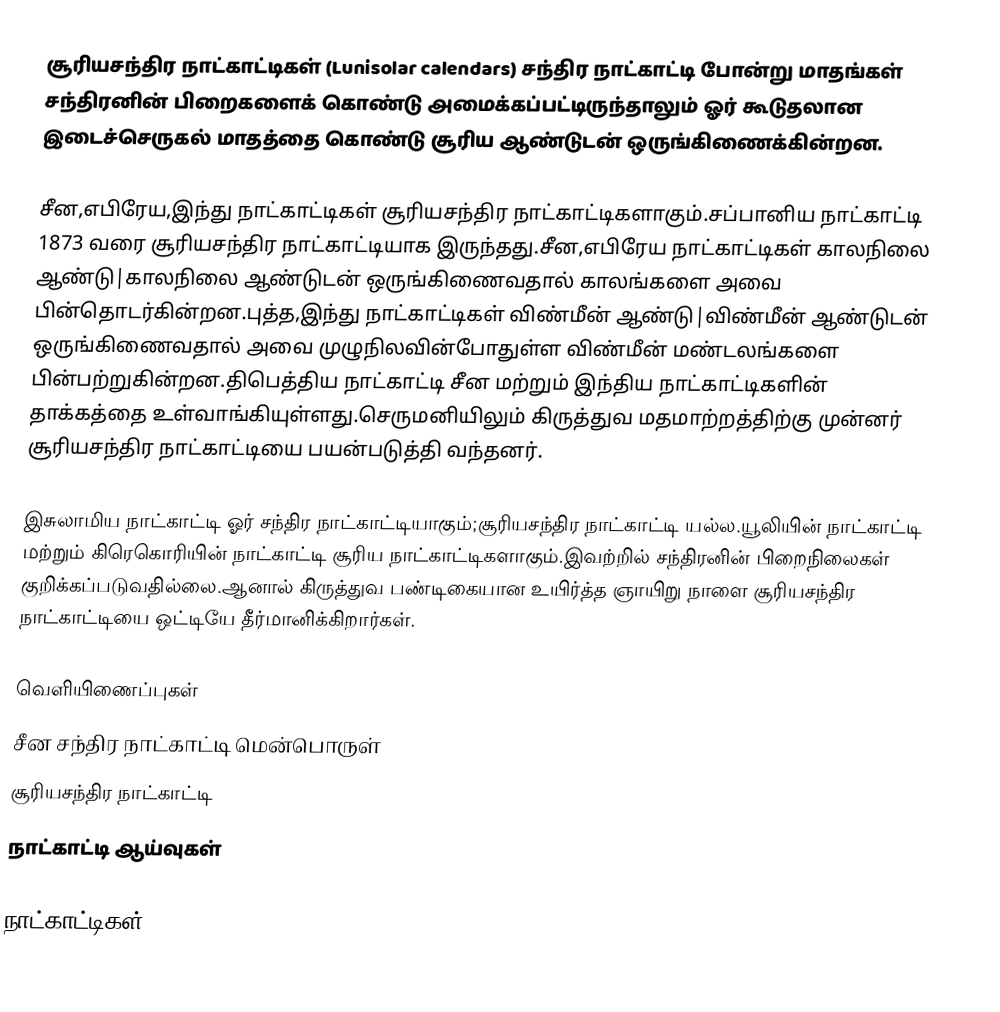
சூரியசந்திர நாட்காட்டிகள் (Lunisolar calendars)  சந்திர நாட்காட்டி போன்று மாதங்கள் சந்திரனின் பிறைகளைக் கொண்டு அமைக்கப்பட்டிருந்தாலும் ஓர் கூடுதலான இடைச்செருகல் மாதத்தை கொண்டு சூரிய ஆண்டுடன் ஒருங்கிணைக்கின்றன.

சீன,எபிரேய,இந்து நாட்காட்டிகள் சூரியசந்திர நாட்காட்டிகளாகும்.சப்பானிய நாட்காட்டி 1873 வரை சூரியசந்திர நாட்காட்டியாக இருந்தது.சீன,எபிரேய நாட்காட்டிகள் காலநிலை ஆண்டு|காலநிலை ஆண்டுடன் ஒருங்கிணைவதால் காலங்களை அவை பின்தொடர்கின்றன.புத்த,இந்து நாட்காட்டிகள் விண்மீன் ஆண்டு|விண்மீன் ஆண்டுடன் ஒருங்கிணைவதால் அவை முழுநிலவின்போதுள்ள விண்மீன் மண்டலங்களை பின்பற்றுகின்றன.திபெத்திய நாட்காட்டி சீன மற்றும் இந்திய நாட்காட்டிகளின் தாக்கத்தை உள்வாங்கியுள்ளது.செருமனியிலும் கிருத்துவ மதமாற்றத்திற்கு முன்னர் சூரியசந்திர நாட்காட்டியை பயன்படுத்தி வந்தனர்.

இசுலாமிய நாட்காட்டி ஓர் சந்திர நாட்காட்டியாகும்;சூரியசந்திர நாட்காட்டி யல்ல.யூலியின் நாட்காட்டி மற்றும் கிரெகொரியின் நாட்காட்டி சூரிய நாட்காட்டிகளாகும்.இவற்றில் சந்திரனின் பிறைநிலைகள் குறிக்கப்படுவதில்லை.ஆனால் கிருத்துவ பண்டிகையான உயிர்த்த ஞாயிறு நாளை சூரியசந்திர நாட்காட்டியை ஒட்டியே தீர்மானிக்கிறார்கள்.

வெளியிணைப்புகள்
 சீன சந்திர நாட்காட்டி மென்பொருள்
 சூரியசந்திர நாட்காட்டி
 நாட்காட்டி ஆய்வுகள்

நாட்காட்டிகள்